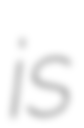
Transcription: is